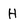
Character: H